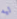
ليه